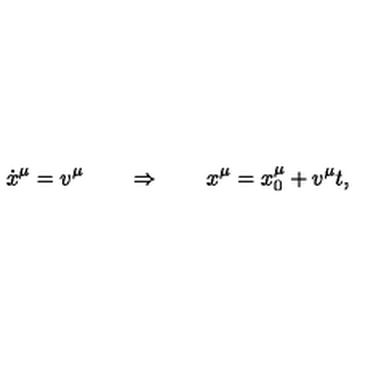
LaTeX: \dot { x } ^ { \mu } = v ^ { \mu } \qquad \Rightarrow \qquad x ^ { \mu } = x _ { 0 } ^ { \mu } + v ^ { \mu } t ,